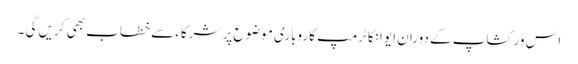
اس ورکشاپ کے دوران ایوانکا ٹرمپ کاروباری موضوع پر شرکاء سے خطاب بھی کریں گی ۔